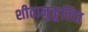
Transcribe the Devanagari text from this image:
शीतानुकूलित